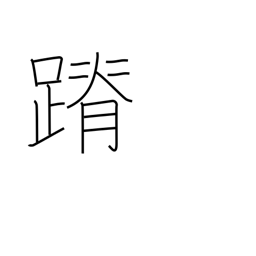
Meaning: stealthy footsteps